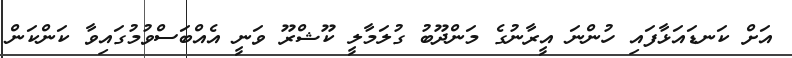
އަށް ކަނޑައަޅާފައި ހުންނަ އީރާނުގެ މަންދޫބު ގުލަމާލީ ކޫޝްރޫ ވަނީ އެއްބަސްވުމުގައިވާ ކަންކަން